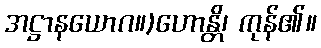
အဋ္ဌာနယောဂ။)ဟောန္တိ၊ ကုန်၏။